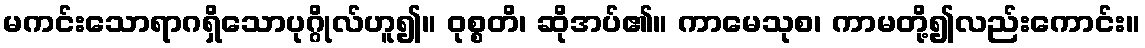
မကင်းသောရာဂရှိသောပုဂ္ဂိုလ်ဟူ၍။ ဝုစ္စတိ၊ ဆိုအပ်၏။ ကာမေသုစ၊ ကာမတို့၍လည်းကောင်း။